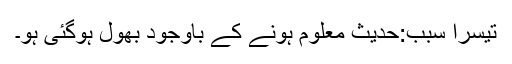
تیسرا سبب:حدیث معلوم ہونے کے باوجود بھول ہوگئی ہو۔